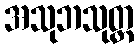
အသုဘသုတ္တ